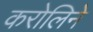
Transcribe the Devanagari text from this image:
करोलिने